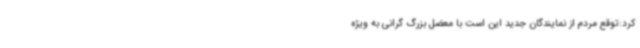
کرد:توقع مردم از نمایندگان جدید این است با معضل بزرگ گرانی به ویژه